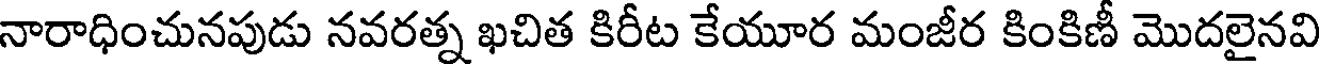
నారాధించునపుడు నవరత్న ఖచిత కిరీట కేయూర మంజీర కింకిణీ మొదలైనవి